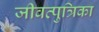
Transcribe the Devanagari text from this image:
जीवत्पुत्रिका